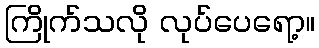
ကြိုက်သလို လုပ်ပေရော့။